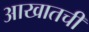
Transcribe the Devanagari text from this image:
आखातची